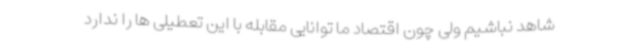
شاهد نباشیم ولی چون اقتصاد ما توانایی مقابله با این تعطیلی ها را ندارد